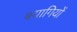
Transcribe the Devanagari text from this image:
बयागियों